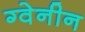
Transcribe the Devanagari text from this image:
ग्वेनीन